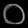
Digit: ၀